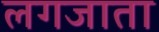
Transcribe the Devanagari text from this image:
लगजाता